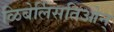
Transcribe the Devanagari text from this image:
ळिबेर्लिसतिओन्